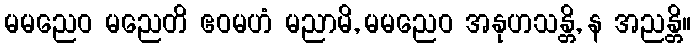
မမညေဝ မညေတိ ဧဝမဟံ မညာမိ, မမညေဝ အနုဟသန္တိ, န အညန္တိ။